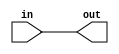
// SPDX-License-Identifier: MIT

module top_module( input in, output out );

    assign out = in;
endmodule